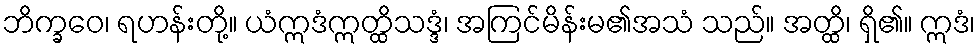
ဘိက္ခဝေ၊ ရဟန်းတို့။ ယံဣဒံဣတ္ထိသဒ္ဒံ၊ အကြင်မိန်းမ၏အသံ သည်။ အတ္ထိ၊ ရှိ၏။ ဣဒံ၊